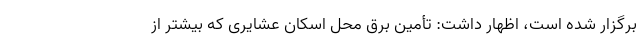
برگزار شده است، اظهار داشت: تأمین برق محل اسکان عشایری که بیشتر از